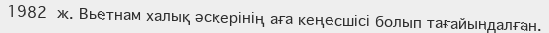
1982 ж. Вьетнам халық әскерінің аға кеңесшісі болып тағайындалған.